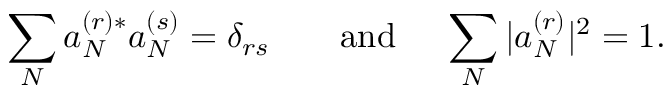
\sum _ { N } a _ { N } ^ { ( r ) * } a _ { N } ^ { ( s ) } = \delta _ { r s } \qquad \mathrm { a n d ~ } \quad \sum _ { N } | a _ { N } ^ { ( r ) } | ^ { 2 } = 1 .